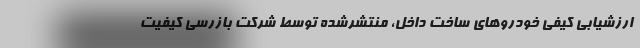
ارزشیابی کیفی خودروهای ساخت داخل، منتشرشده توسط شرکت بازرسی کیفیت